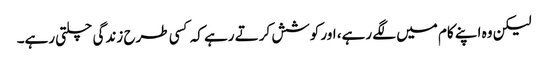
لیکن وہ اپنے کام میں لگے رہے، اور کوشش کرتے رہے کہ کسی طرح زندگی چلتی رہے۔